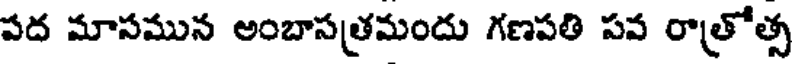
పద మాసమున అంబాసత్రమందు గణపతి పవ రాత్రోత్స